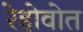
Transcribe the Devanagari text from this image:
रेहोवोत